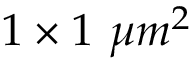
1 \times 1 ~ \mu m ^ { 2 }